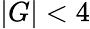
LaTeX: |G|<4